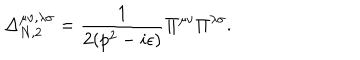
\Delta _ { N , 2 } ^ { \mu \nu , \lambda \sigma } = \frac { 1 } { 2 ( p ^ { 2 } - i \epsilon ) } \Pi ^ { \mu \nu } \Pi ^ { \lambda \sigma } .